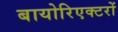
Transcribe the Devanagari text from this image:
बायोरिएक्टरों